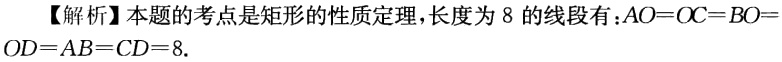
【解析】本题的考点是矩形的性质定理，长度为 8 的线段有：\(AO = OC = BO = OD = AB = CD = 8\).